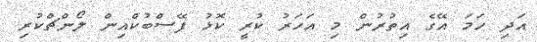
އަދި ހަމަ އޭގެ އިތުރުން މި އަހަރު ކުރީ ކޮޅު ފޭސްބުކްއިން ލޯންޗްކުރި